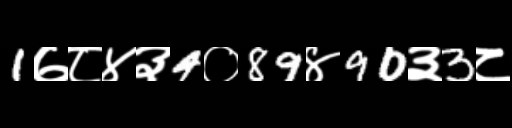
Text: 1७८४३4०89४90३3८